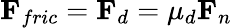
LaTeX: \mathbf{F}_{fric}=\mathbf{F}_{d}=\mu_{d}\mathbf{F}_{n}